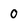
Character: 0